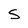
Character: S